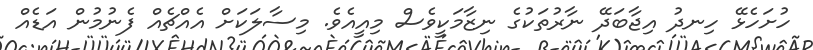
ހުށަހެޅޭ ހިނދު އިޖާބަދޭ ނާރުތަކުގެ ނިޒާމަކީވެސް މިއީއެވެ. މިސާލަކަށް އެއްޗެއް ފެނުމުން އަޑެއް